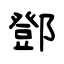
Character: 鄧